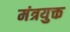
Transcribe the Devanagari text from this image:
मंत्रयुक्त